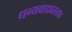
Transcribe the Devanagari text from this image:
धन्यवादप्रस्ताव